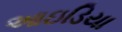
આઇડિયા